Preliminary report on an investigation into the etiology of Oriental sore in Cambay - Number 50
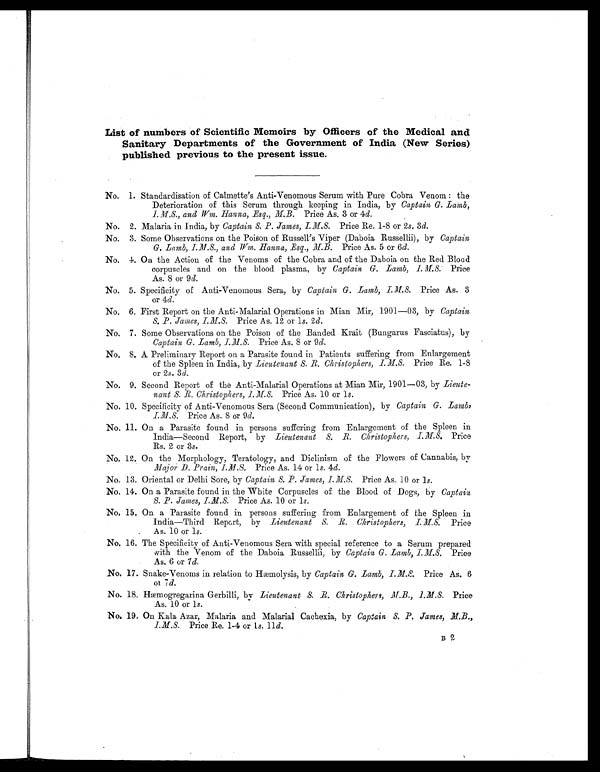
List of numbers of Scientific Memoirs by Officers of the Medical and
Sanitary Departments of the Government of India (New Series)
published previous to the present issue.
No. 1. Standardisation of Calmette's Anti-Venomous Serum with Pure Cobra Venom : the
Deterioration of this Serum through keeping in India, by Captain G. Lamb,
I.M.S., and Wm. Hanna, .Esq., M.B. Price As. 3 or 4d.
No. 2. Malaria in India, by Captain S. P. James, I.M.S. Price Re. 1-8 or 2 s. 3d.
No. 3. Some Observations on the Poison of Russell's Viper (Daboia Russellii), by Captain
G. Lamb, I.M.S., and Wm. Hanna, Esq., M.B. Price As. 5 or 6d.
No. 4. On the Action of the Venoms of the Cobra and of the Daboia on the Red Blood
corpuscles and on the blood plasma, by Captain G. Lamb, I.M.S. Price
As. 8 or 9 d.
No. 5. Specificity of Anti-Venomous Sera, by Captain G. Lamb, I.M.S. Price As. 3
or 4d.
No. 6. First Report on the Anti-Malarial Operations in Mian Mir, 1901—03, by Captain
S. P. James, I.M.S. Price As. 12 or 1s. 2d.
No. 7. Some Observations on the Poison of the Banded Krait (Bungarus Fasciatus), by
Captain G. Lamb, I.M.S. Price As. 8 or 9 d.
No. 8. A Preliminary Report on a Parasite found in Patients suffering from Enlargement
of the Spleen in India, by Lieutenant S. R. Christopher, I M.S. Price Re. 1-8
or 2 s. 3 d.
No. 9. Second Report of the Anti-Malarial Operations at Mian Mir, 1901—03, by Lieute-
nant S. R. Christophers, I.M.S. Price As. 10 or 1s.
No. 10. Specificity of Anti-Venomous Sera (Second Communication), by Captain G. Lamb,
Price As. 8 or 9d.
No. 1.1. On a Parasite found in persons suffering from Enlargement of the Spleen in
India—Second Report, by Lieutenant S. R. Christophers, I.M.S. Price
Rs. 2 or 3 s.
No. 12. On the Morphology, Teratology, and Diclinism of the Flowers of Cannabis, by
Major D. Prain, I.M.S. Price As. 14 or 1s. 4d.
No. 13. Oriental or Delhi Sore, by Captain S. P. James, I.M.S. Price As. 10 or 1s.
No. 14. On a Parasite found in the White Corpuscles of the Blood of Dogs, by Captain
S. P. James, I.M.S. Price As. 10 or 1s.
No. 15. On a Parasite found in persons suffering from Enlargement of the Spleen in
India—Third Repert, by Lieutenant S. R. Christophers, I.M.S. Price
As. 10 or 1s.
No. 16. The Specificity of Anti-Venomous Sera with special reference to a Serum prepared
with the Venom of the Daboia Russellii, by Captain G. Lamb, I.M.S, Price
As. 6 or 7d.
No. 17. Snake-Venoms in relation to Hæmolysis, by Captain G. Lamb, I.M.S Price As. 6
or 7d.
No. 18. Hæmogregarina Gerbilli, by Lieutenant S. R. Christophers, M.B., I.M.S. Price
As. 10 or 1s.
No. 19. On Kala Azar, Malaria and Malarial Caehexia, by Captain. S. P. James, M.B.,
I.M.S. Price Re. 1-4 or 1s. 11d.
B2